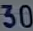
30